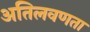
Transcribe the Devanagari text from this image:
अतिलवणता